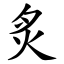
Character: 炙